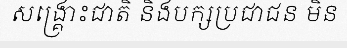
សង្គ្រោះជាតិ និងបក្សប្រជាជន មិន